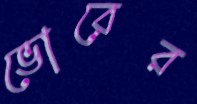
ভোরের